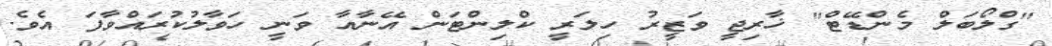
"ގްލޯބަލް މެންޑޭޓް" ޚާރިޖީ ވަޒީރު ހިލަރީ ކްލިންޓަން އޭނާއާ ވަނީ ހަވާލުކުރައްވާފަ އެވެ.